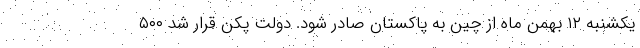
یکشنبه ۱۲ بهمن ماه از چین به پاکستان صادر شود. دولت پکن قرار شد ۵۰۰